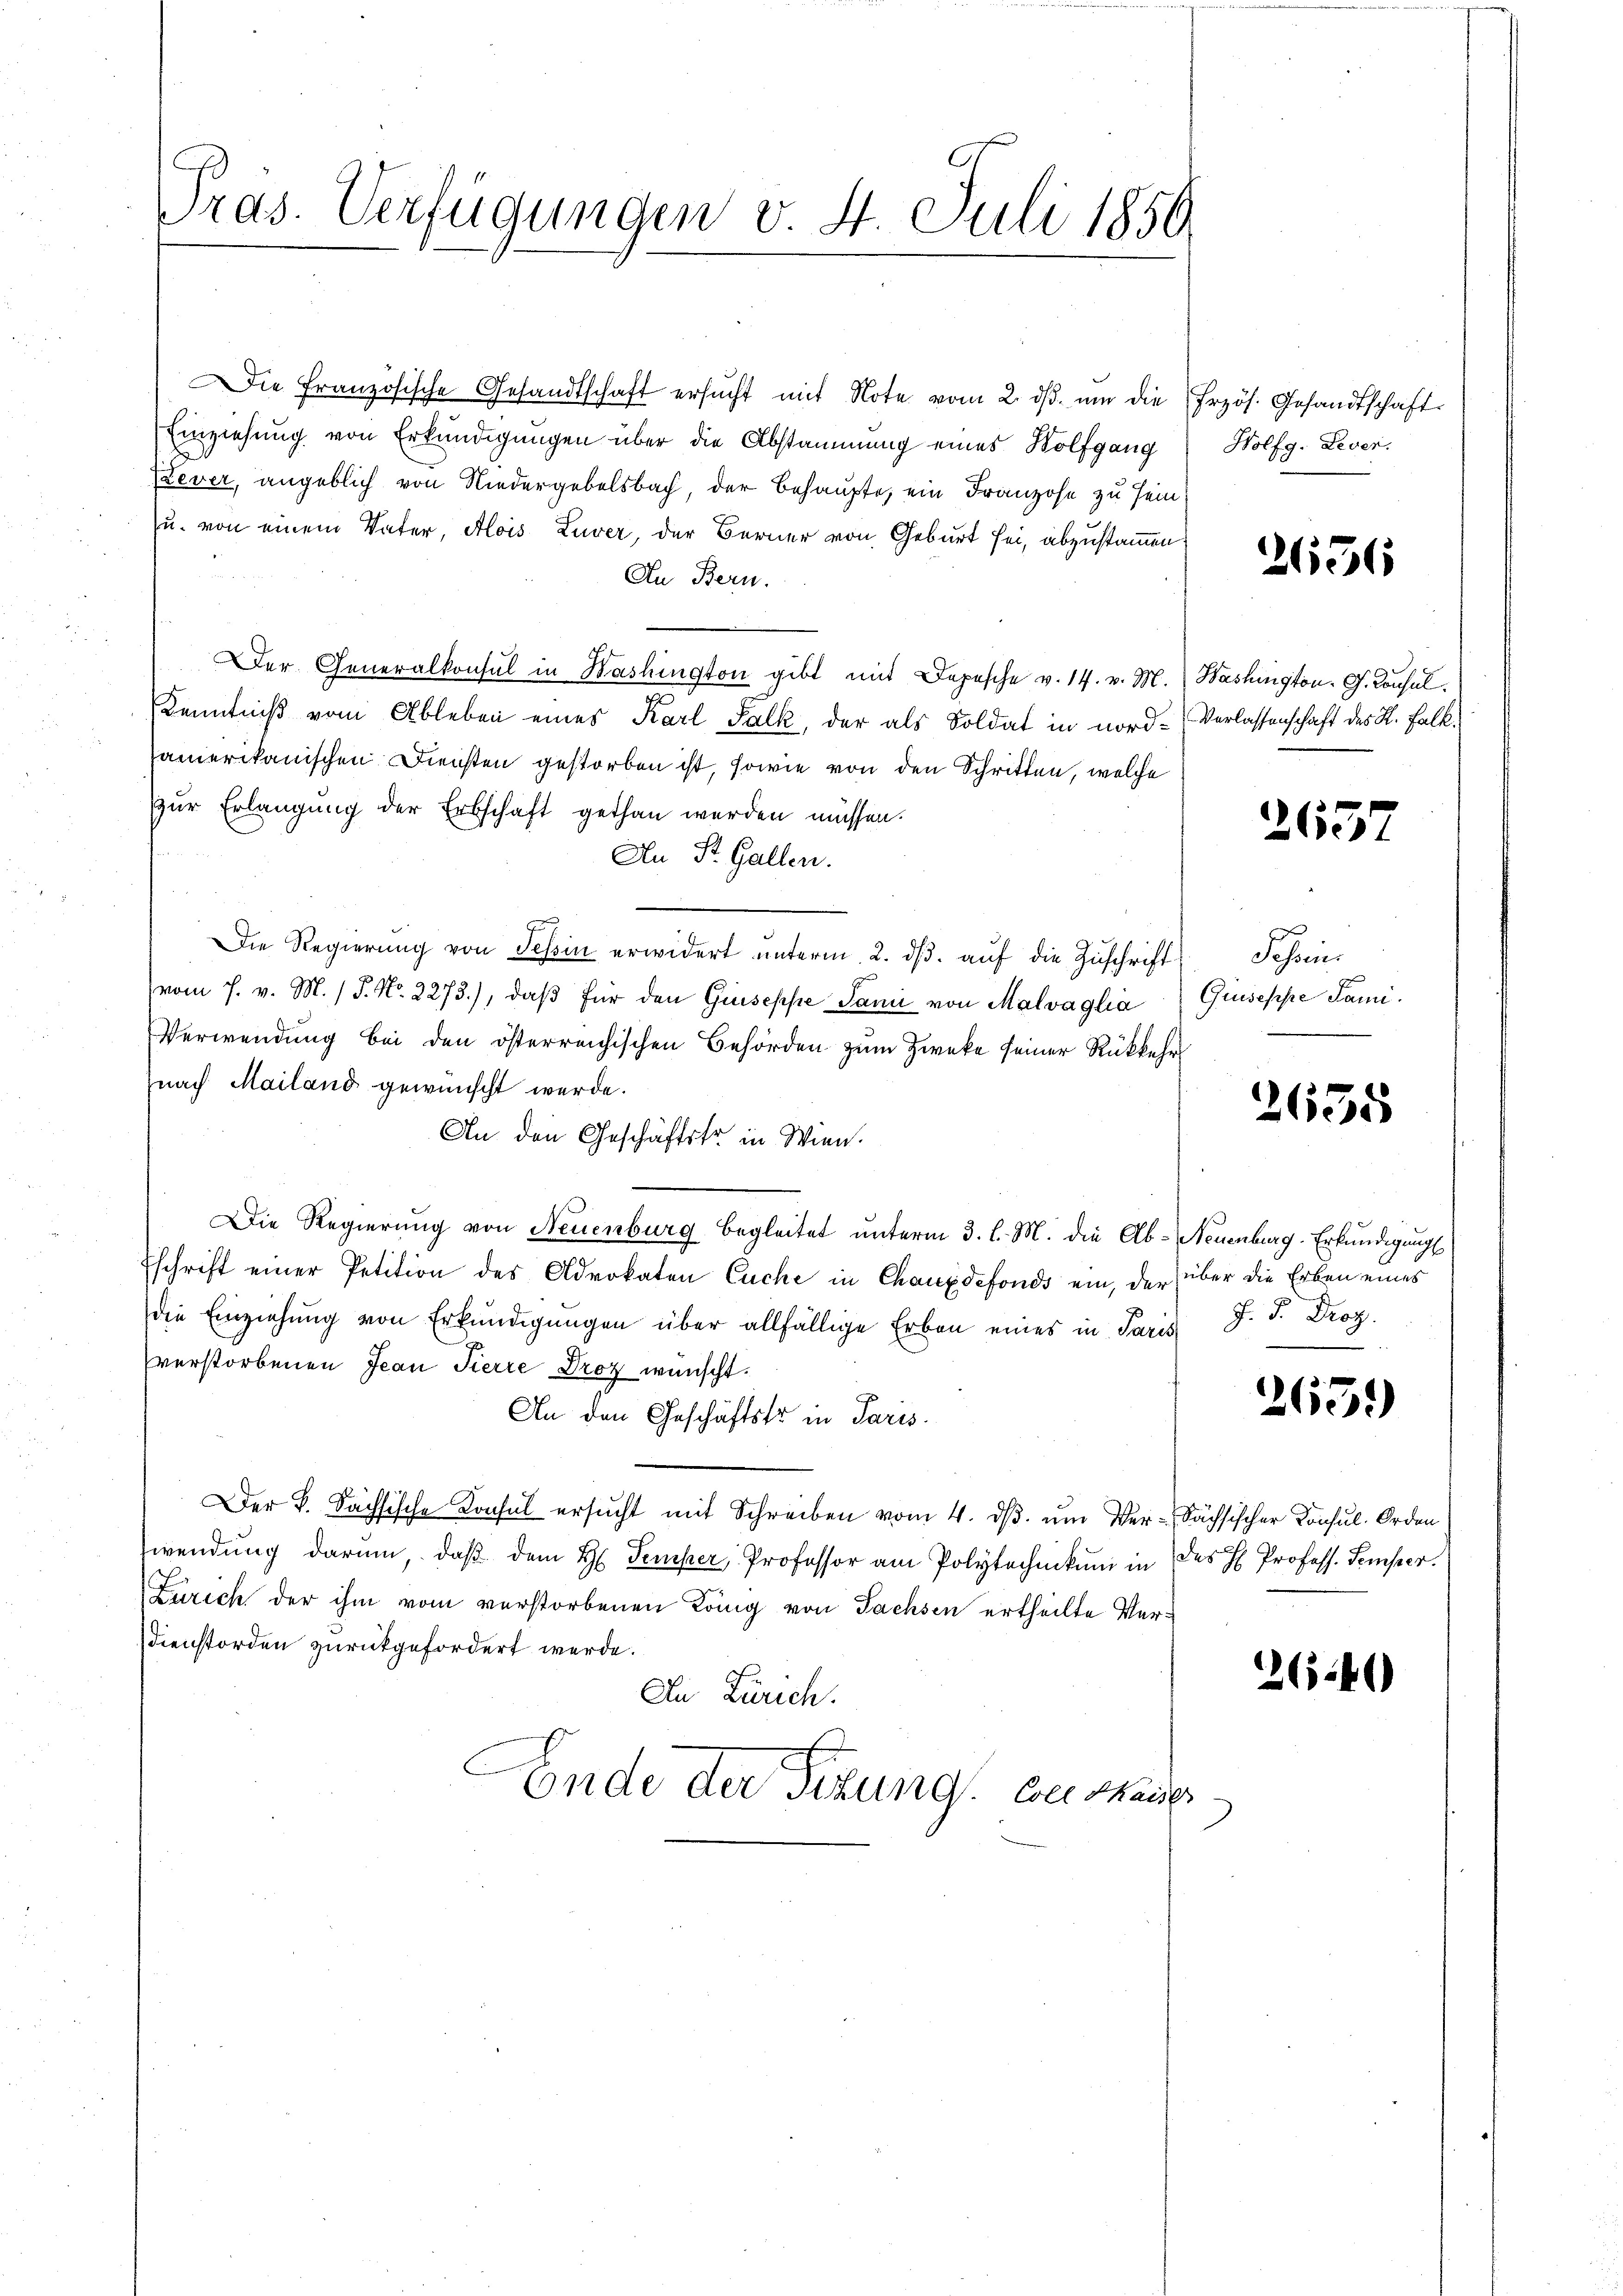
Pras. Verfügungen v. 4. Juli 1850

Die Französische Gesandtschaft ersucht mit Note vom 2. ds. um die
Einziehung von Erkundigungen über die Abstammung eines Wolfgang
Lever, angeblich von Niedergebelsbach, der Behaupte, ein Franzose zu sein
zu. von einem Vater, Alois Luver, der Berner von Geburt sei, abzustammen
An Bern.
Der Generalkonsul in Washington gibt mit Depesche v. 14. v. M.
Kenntniß vom Ableben eines Karl Falk, der als Soldat in nordsamerikanischen Diensten gestorben ist, sowie von den Schritten, welche
zur Erlangung der Erbschaft gethan werden müssen.
An St. Gallen.
Die Regierung von Tessin erwidert unterm 2. dβ. auf die Zuschrift
vom h. v. M. / P. Nr. 2273), daβ für den Guseppe Sanii von Malvaglia
Verwendung bei den österreichischen Behörden zum Zwecke seiner Rückkehr
nach Mailand gewünscht werde.
An den Geschäftstr in Wien.
Die Regierung von Neuenburg begleitet unterm 3. l. M. die Ab-Neuenburg-Erkundigungs
Eschrift einer Petition des Advokaten Euche in Chauxdefonds ein, der über die Erben eines
die Einziehŭng von Erkundigŭngen über allfällige Erben eines in Paris J. J. Droz.
verstorbenen Jean Pierre Droz wünscht.
An den Geschäftstr in Paris.
Der k. Sächsische Konsul ersŭcht mit Schreiben vom 4. dβ. um Ver- Sächsischer Consul-Orden
wendung darum, daβ dem H. Temper, Professor am Polytechnikum in des H. Profess. Semper.
Zürich der ihm vom verstorbenen König von Sachsen ertheilte Ver¬
Dienstorden zurückgefordert werde.
In Zürich.
Ende der Sitzung. Weishauses

Frzös. Gesandtschaft.
Holfg. Leser.

2656

Washington. G. Consul
Verlassenschaft des K. Falk¬

2637

Schrei
Giuseppe Fami

2655

265)

264)